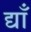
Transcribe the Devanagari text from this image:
द्याँ